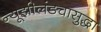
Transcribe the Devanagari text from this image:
न्यूझीलंडचासुद्धा